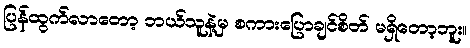
ပြန်ထွက်လာတော့ ဘယ်သူနဲ့မှ စကားပြောချင်စိတ် မရှိတော့ဘူး။